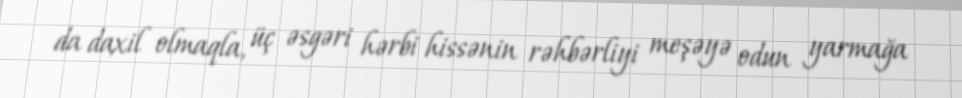
da daxil olmaqla, üç əsgəri hərbi hissənin rəhbərliyi meşəyə odun yarmağa